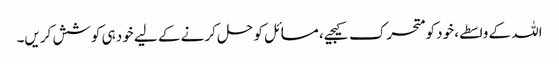
اللہ کے واسطے، خود کو متحرک کیجیے، مسائل کو حل کرنے کے لیے خود ہی کوشش کریں۔